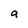
Character: a